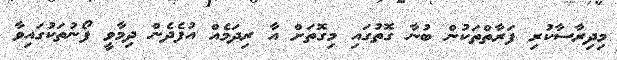
މިދިރާސާކުރި ފަރާތްތަކުން ބުނާ ގޮތުގައި މިގޮތަށް އާ ރިދަމެއް އުފެދެން ދިމާވީ ފޯނުތަކުގައިވާ